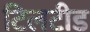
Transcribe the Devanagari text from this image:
टिलटीड